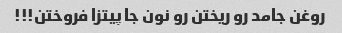
روغن جامد رو ریختن رو نون جا پیتزا فروختن!!!